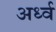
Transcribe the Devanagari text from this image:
अर्ध्व